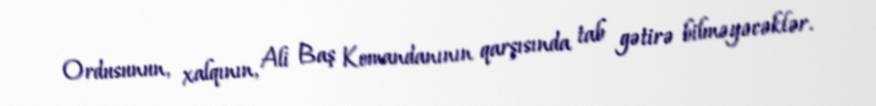
Ordusunun, xalqının, Ali Baş Komandanının qarşısında tab gətirə bilməyəcəklər.